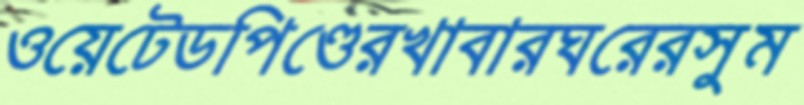
ওয়েটেডপিণ্ডেরখাবারঘরেরসুম